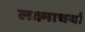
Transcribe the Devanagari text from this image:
लक्ष्माचर्या